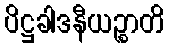
ပိဋ္ဌခါဒနီယဉ္စာတိ